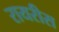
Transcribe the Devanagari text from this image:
रायरीस